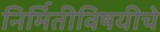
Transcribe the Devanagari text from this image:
निर्मितीविषयीचे